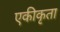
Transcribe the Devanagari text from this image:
एकीकृता